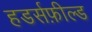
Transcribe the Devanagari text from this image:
हडर्सफ़ील्ड